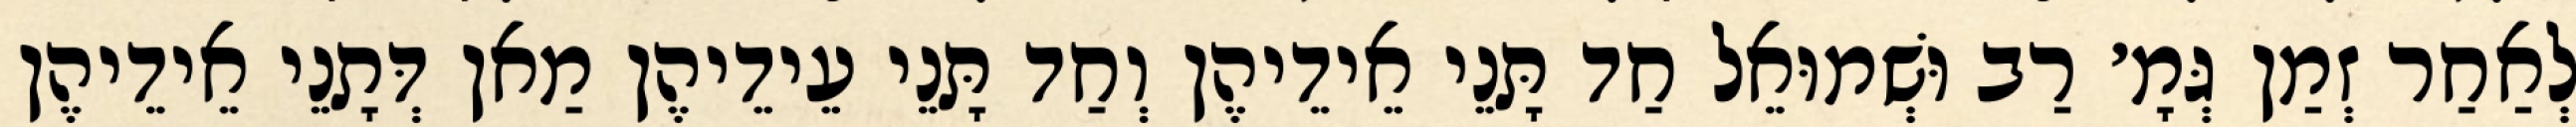
לְאַחַר זְמַן גְּמָ׳ רַב וּשְׁמוּאֵל חַד תָּנֵי אֵידֵיהֶן וְחַד תָּנֵי עֵידֵיהֶן מַאן דְּתָנֵי אֵידֵיהֶן